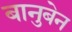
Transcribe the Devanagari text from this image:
बानुबेन